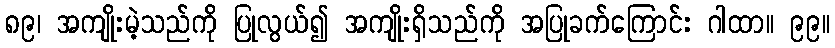
၈၉၊ အကျိုးမဲ့သည်ကို ပြုလွယ်၍ အကျိုးရှိသည်ကို အပြုခက်ကြောင်း ဂါထာ။ ၉၉။